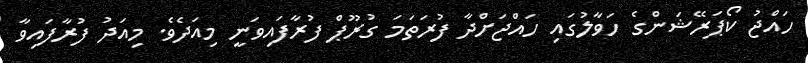
ހައްޖު ކޯޕަރޭޝަންގެ ހަވާލުގައި ހައްޖަށްދާ ފުރަތަމަ ގުރޫޕް ފުރާފައިވަނީ މިއަދެވެ. މިއަދު ފުރާފައިވާ